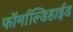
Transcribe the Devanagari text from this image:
फॉर्माल्डिहाईड